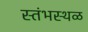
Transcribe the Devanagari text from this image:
स्तंभस्थळ